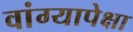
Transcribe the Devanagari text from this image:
वांग्यापेक्षा